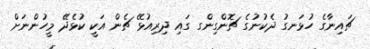
ޗައިނާގެ ހުޅަނގު ދެކުނުގެ ޗޮންގިންގ ގައި ދިރިއުޅޭ ޗެން އަކީ ކުޅެދޭ މީހުންނަށް